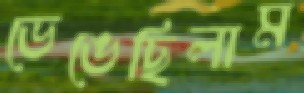
ভেঙেছিলাম